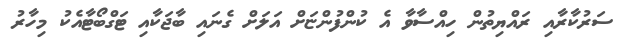
ސަރުކާރާއި ރައްޔިތުން ހިއްސާވާ އެ ކުންފުންޏަށް އަލަށް ގެނައި ބާޖަކާއި ޓަގްބޯޓާއެކު މިހާރު